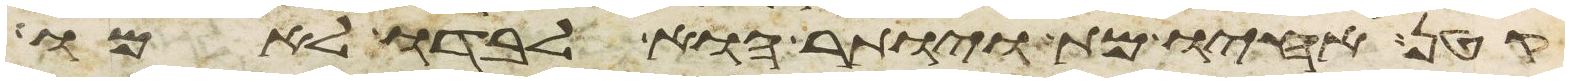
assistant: קטן אחיו מת ויותר הוא לבדו לאמו